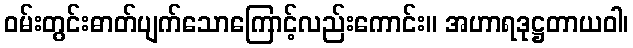
ဝမ်းတွင်းဓာတ်ပျက်သောကြောင့်လည်းကောင်း။ အဟာရဒုဋ္ဌတာယဝါ၊